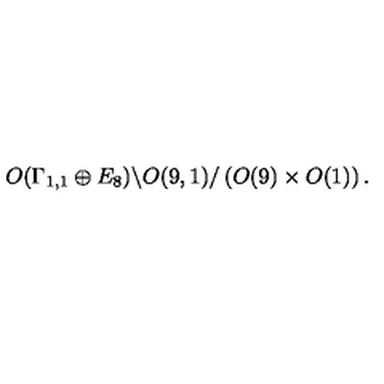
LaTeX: O ( \Gamma _ { 1 , 1 } \oplus E _ { 8 } ) \backslash O ( 9 , 1 ) / \left( O ( 9 ) \times O ( 1 ) \right) .